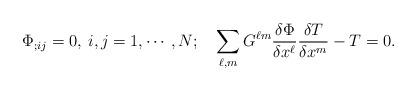
LaTeX: \begin{align*}\Phi_{;ij}=0, \> i,j=1,\cdots, N;\quad\sum_{\ell,m}G^{\ell m } {{\delta \Phi} \over {\delta x^{\ell}}}{{\delta T} \over {\delta x^{m}}} - T = 0.\end{align*}